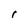
Character: r